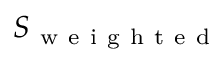
S _ { \mathrm { ~ w ~ e ~ i ~ g ~ h ~ t ~ e ~ d ~ } }